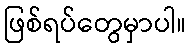
ဖြစ်ရပ်တွေမှာပါ။